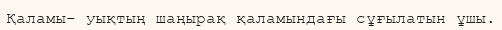
Қаламы– уықтың шаңырақ қаламындағы сұғылатын ұшы.